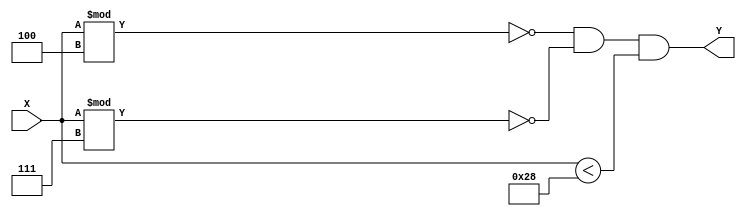
module is28(input[7:0] X, output Y);

  assign Y = (X%4 ==0) && (X%7==0) && (X<40);
endmodule